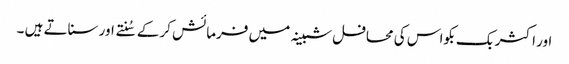
اور اکثر بک بکواس کی محافل شبینہ میں فرمائش کرکے سُنتے اور سناتے ہیں ۔